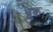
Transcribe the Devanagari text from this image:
ध्रुवः।।